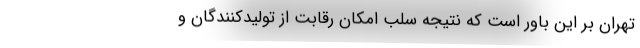
تهران بر این باور است که نتیجه سلب امکان رقابت از تولیدکنندگان و